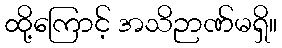
ထို့ကြောင့် အသိဉာဏ်မရှိ။